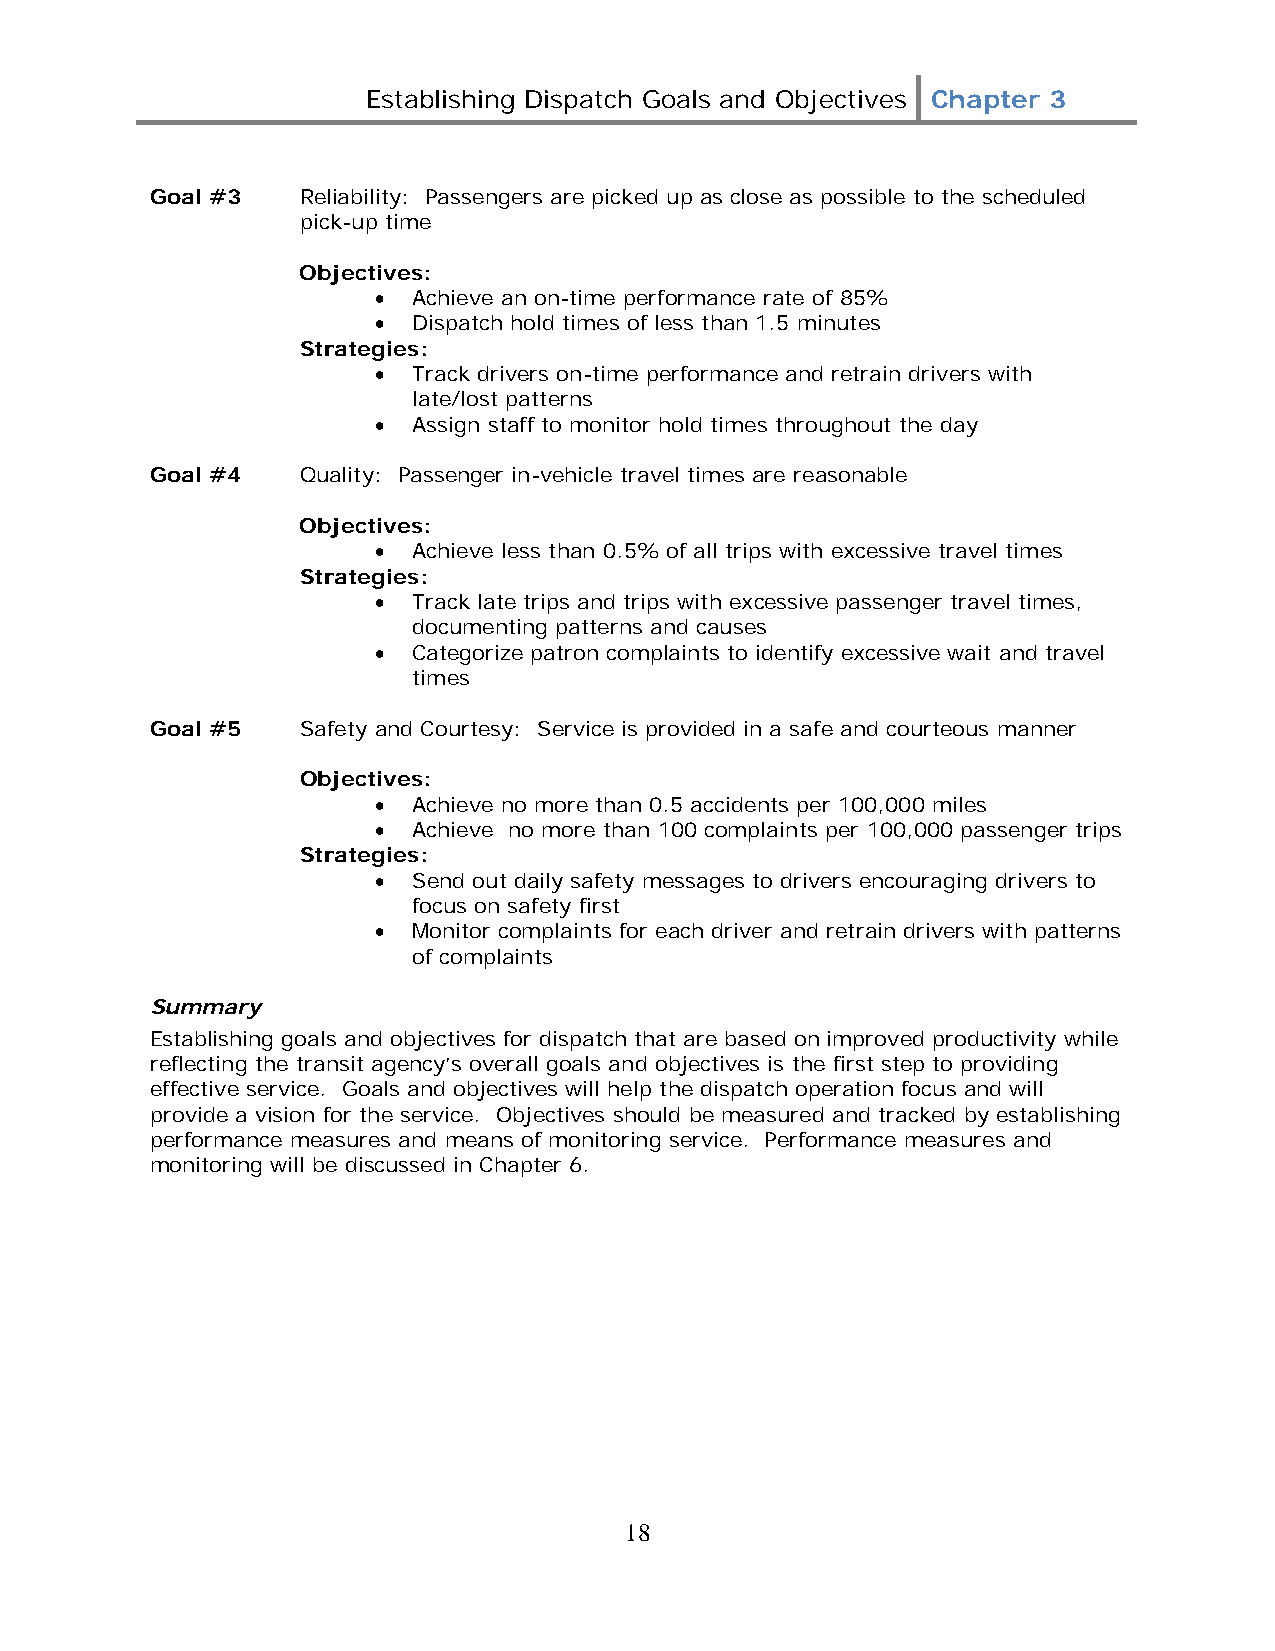
Establishing Dispatch Goals and Objectives Chapter 3
 Goal #3   Reliability: Passengers are picked up as close as possible to the scheduled
 pick-up time
 Objectives:
 • Achieve an on-time performance rate of 85%
 • Dispatch hold times of less than 1.5 minutes
 Strategies:
 • Track drivers on-time performance and retrain drivers with
 late/lost patterns
 • Assign staff to monitor hold times throughout the day
 Goal #4   Quality: Passenger in-vehicle travel times are reasonable
 Objectives:
 • Achieve less than 0.5% of all trips with excessive travel times
 Strategies:
 • Track late trips and trips with excessive passenger travel times,
 documenting patterns and causes
 • Categorize patron complaints to identify excessive wait and travel
 times
 Goal #5   Safety and Courtesy: Service is provided in a safe and courteous manner
 Objectives:
 • Achieve no more than 0.5 accidents per 100,000 miles
 • Achieve no more than 100 complaints per 100,000 passenger trips
 Strategies:
 • Send out daily safety messages to drivers encouraging drivers to
 focus on safety first
 • Monitor complaints for each driver and retrain drivers with patterns
 of complaints
 Summary
 Establishing goals and objectives for dispatch that are based on improved productivity while
 reflecting the transit agency’s overall goals and objectives is the first step to providing
 effective service. Goals and objectives will help the dispatch operation focus and will
 provide a vision for the service. Objectives should be measured and tracked by establishing
 performance measures and means of monitoring service. Performance measures and
 monitoring will be discussed in Chapter 6.
 18